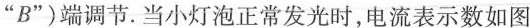
”B”)端调节.当小灯泡正常发光时，电流表示数如图